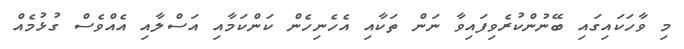
މި ވާހަކައިގައި ބޭނުންކުރެވިފައިވާ ނަން ތަކާއި އެހެނިހެން ކަންކަމާއި އަސްލާއި އެއްވެސް ގުޅުމެއް